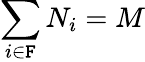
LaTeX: \sum_{i\in\mathtt{F}}N_{i}=M